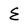
Character: E